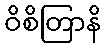
ဝိစိတြာနိ